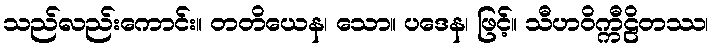
သည်လည်းကောင်း။ တတိယေန၊ သော။ ပဒေန၊ ဖြင့်။ သီဟဝိက္ကီဠိတဿ၊